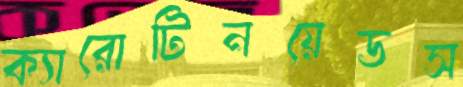
ক্যারোটিনয়েডস